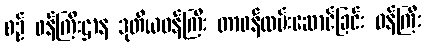
စဉ် ဝန်ကြီးဌာန ဒုတိယဝန်ကြီး တာဝန်ထမ်းဆောင်ခြင်း ဝန်ကြီး